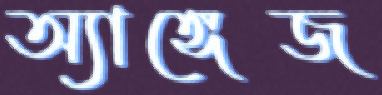
অ্যাঙ্গেজ